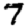
Digit: 7